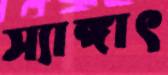
স্যাঙ্গাৎ